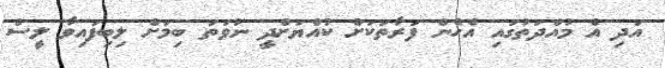
އަދި އެ މުއްދަތުގައި އެހެން ފަރާތަކަށް ކުއްޔަށްދީ ނުވަތަ ބިމަށް ލިބިފައިވާ ލީސް